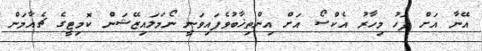
އޭނާ އަށް ފަހު މިހާރު އެކްސޯ އަށް އިންތިޚާބުވެފައިވަނީ ނޯމަލައިޒޭޝަން ކޮމިޓީގެ ޗެއާމަން